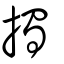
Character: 擉